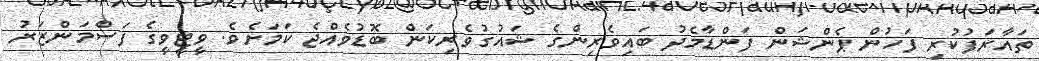
ތައާރަފުކުރި ފަހުން ޕެންޝަން ފަންޑާމެދު ބައިވެރިންގެ ޝައުގުވެރިކަން ބޮޑުވެއްޖެ ކަމަށެވެ. ވީޓީވީގެ ފަސްމަންޒަރު